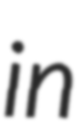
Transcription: in